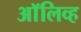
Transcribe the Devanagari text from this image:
अाॅलिव्ह